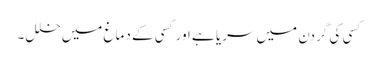
کسی کی گردن میں سریا ہے اور کسی کے دماغ میں خلل۔